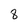
Character: 8